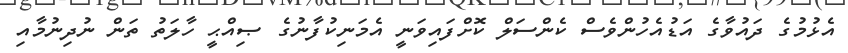
އެޅުމުގެ ދައުވާގެ އަޑުއެހުންވެސް ކެންސަލް ކޮށްފައިވަނީ އެމަނިކުފާނުގެ ޞިއްޙީ ހާލަތު ތަން ނުދިނުމާއި